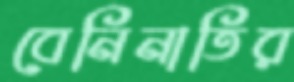
বেনিনাতির